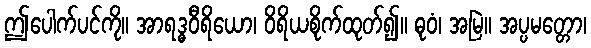
ဤပေါက်ပင်ကို။ အာရဒ္ဓဝီရိယော၊ ဝိရိယစိုက်ထုတ်၍။ ဓုဝံ၊ အမြဲ။ အပ္ပမတ္တော၊